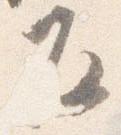
反